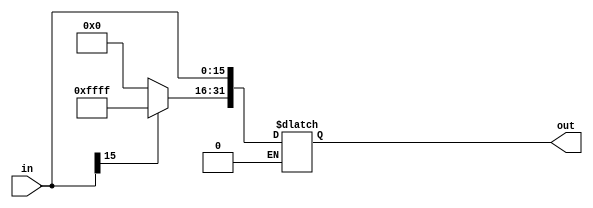
`timescale 1ns / 1ps
////////////////////////////////////////////////////////////////////////////////
// 
// Module - SignExt.v
// Description - Sign extension module.  
// 	If the most significant bit of in (in[15]) = 0, 
//	create the 32-bit "out" output by making out[15:0] equal to "in" and make other bits (bits 16 to 31) to 0
//
// 	If the most significant bit of in (in[15]) = 1, 
//	create the 32-bit "out" output by making out[15:0] equal to "in" and make other bits to 1
////////////////////////////////////////////////////////////////////////////////
module SignExtention(in, out);

    /* A 16-Bit input word */
    input [15:0] in;
    
    /* A 32-Bit output word */
    output reg [31:0] out;   //using always @
    //output [31:0] out;   //using assign statement
    
    always @* begin
	    if(in[15] == 0) begin
	       out[15:0] = in;
	       out[31:16] = 16'h0;
	       
	    end
	    else if(in[15] == 1) begin
	           out[15:0] = in;
	           out[31:16] = 16'hFFFF;
	    end
    end
endmodule